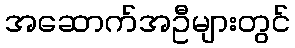
အဆောက်အဦများတွင်